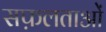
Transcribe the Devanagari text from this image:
सफ़लताओं